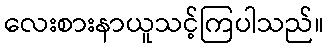
လေးစားနာယူသင့်ကြပါသည်။